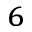
^ 6